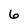
Character: 6